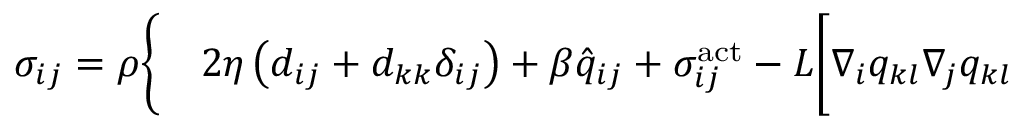
\begin{array} { r l } { { \sigma } _ { i j } = \rho \Bigg \{ } & { { } 2 \eta \left( d _ { i j } + d _ { k k } \delta _ { i j } \right) + \beta \hat { { q } } _ { i j } + { \sigma } _ { i j } ^ { \mathrm { a c t } } - L \bigg [ \nabla _ { i } q _ { k l } \nabla _ { j } q _ { k l } } \end{array}